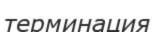
терминация